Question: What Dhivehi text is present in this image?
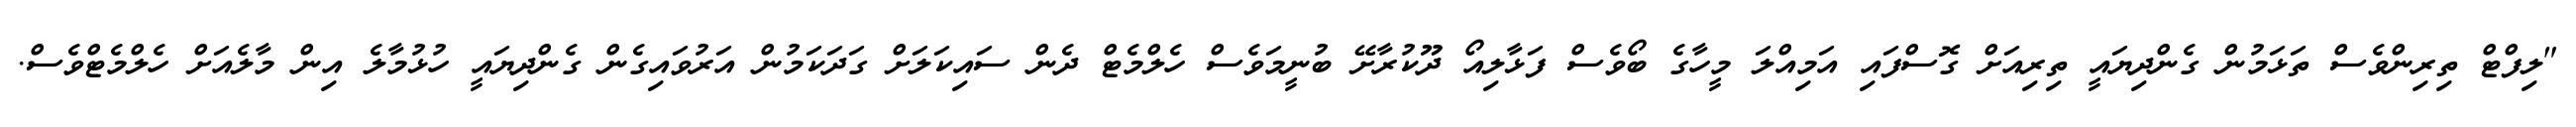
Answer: "ލިފްޓް ތިރިންވެސް ތަޅަމުން ގެންދިޔައީ ތިރިއަށް ގޮސްފައި އަމިއްލަ މީހާގެ ބޯވެސް ފަޅާލިއޯ ދޫކުރާށޭ ބުނީމަވެސް ހެލްމެޓް ދެން ސައިކަލަށް ގަދަކަމުން އަރުވައިގެން ގެންދިޔައީ ހުޅުމާލެ އިން މާލެއަށް ހެލްމެޓްވެސް.